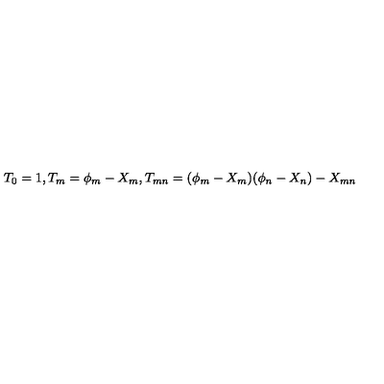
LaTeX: T _ { 0 } = 1 , T _ { m } = \phi _ { m } - X _ { m } , T _ { m n } = ( \phi _ { m } - X _ { m } ) ( \phi _ { n } - X _ { n } ) - X _ { m n }